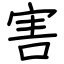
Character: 害